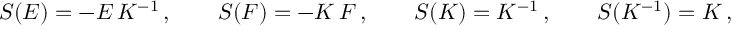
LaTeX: S ( E ) = - E \, K ^ { - 1 } \, , \qquad S ( F ) = - K \, F \, , \qquad S ( K ) = K ^ { - 1 } \, , \qquad S ( K ^ { - 1 } ) = K \, ,